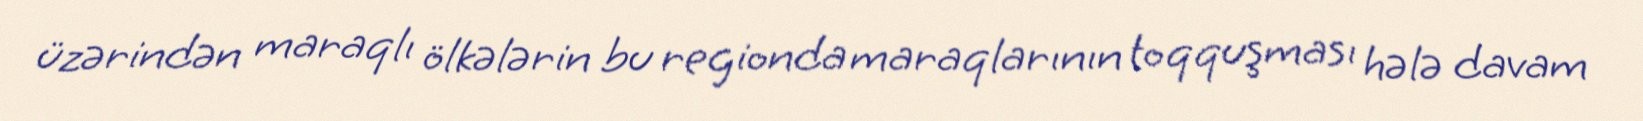
üzərindən maraqlı ölkələrin bu regionda maraqlarının toqquşması hələ davam